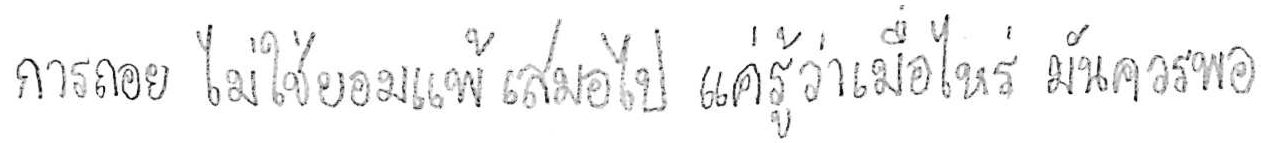
การถอย ไม่ใช่ยอมแพ้ เสมอไป แค่รู้ว่าเมื่อไหร่ มันควรพอ